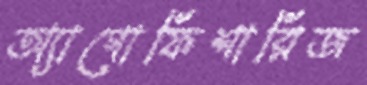
অ্যাগোফিশারিজ